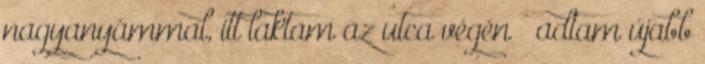
nagyanyámmal, itt laktam az utca végén – adtam újabb